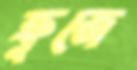
ক্রুজে